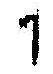
1